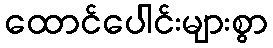
ထောင်ပေါင်းများစွာ